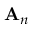
{ { \bf A } _ { n } }